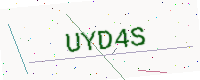
Text: UYD4S